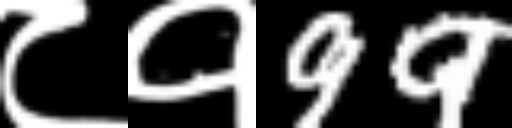
Text: ८१99